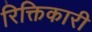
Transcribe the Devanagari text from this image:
रिक्तिकारी